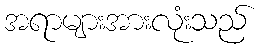
အရာများအားလုံးသည်